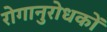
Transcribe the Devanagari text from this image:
रोगानुरोधकों